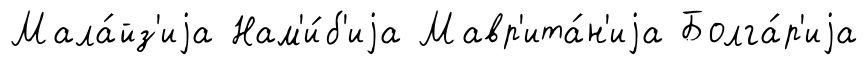
Мала́йз'иjа Нам'и́б'иjа Мавр'ита́н'иjа Болга́р'иjа